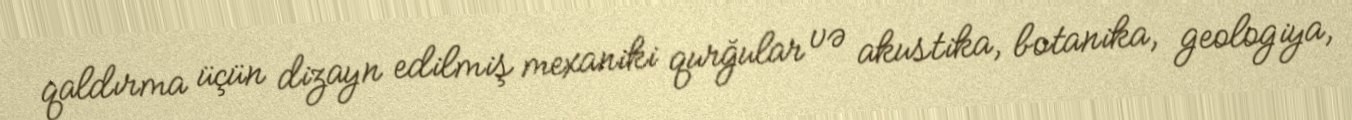
qaldırma üçün dizayn edilmiş mexaniki qurğular və akustika, botanika, geologiya,